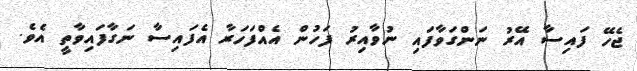
ޖެހޭ ފައިސާ އޭރު ނަންގަވާފައި ނުވާއިރު ފަހުން އެއްފަހަރާ އެފައިސާ ނަގާފައިވާތީ އެވެ.